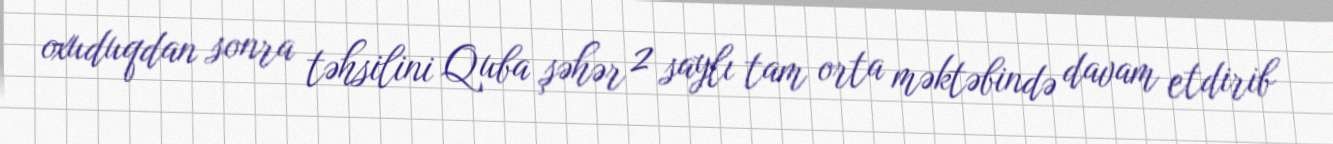
oxuduqdan sonra təhsilini Quba şəhər 2 saylı tam orta məktəbində davam etdirib